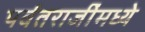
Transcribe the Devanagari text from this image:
पर्वतराजींमध्ये